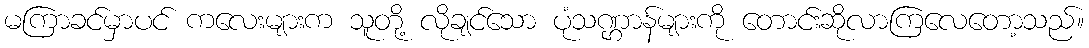
မကြာခင်မှာပင် ကလေးများက သူတို့ လိုချင်သော ပုံသဏ္ဌာန်များကို တောင်းဆိုလာကြလေတော့သည်။